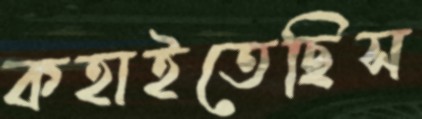
কহাইতেছিস